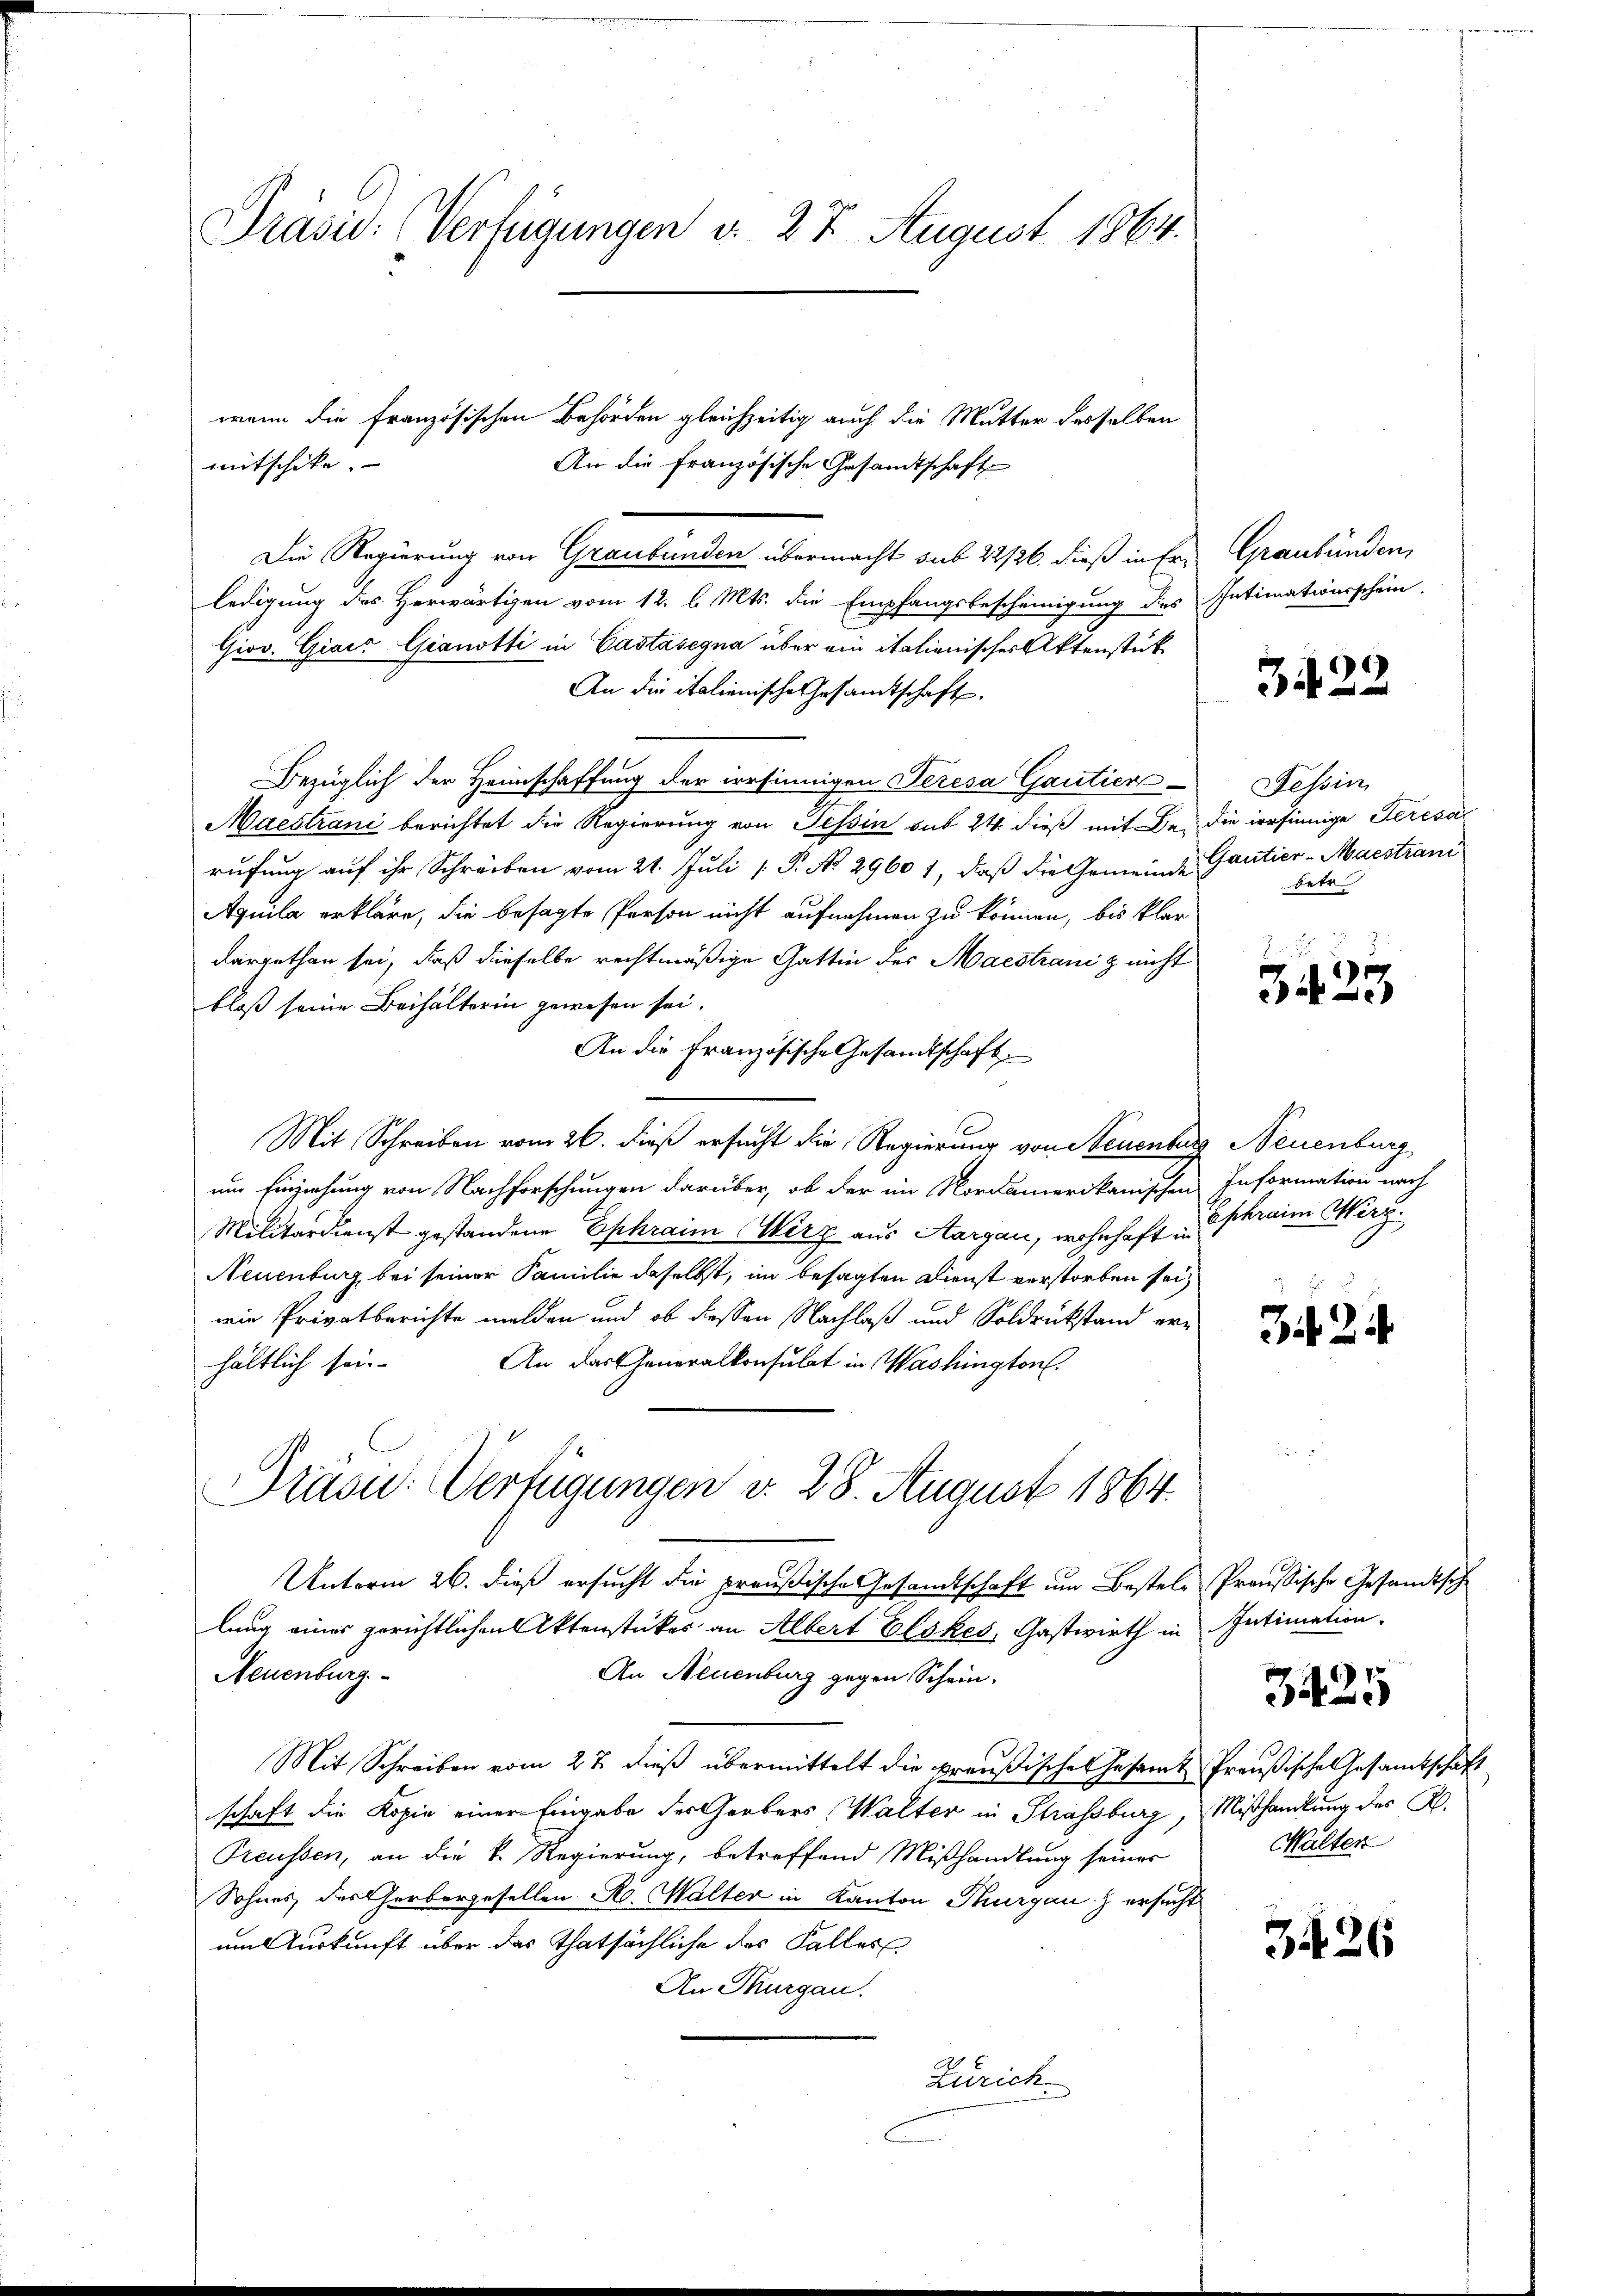
Präsic: (Verfügungen d. 27 August 1864.

An die französische Gesamtschaft
Die Regierung von Graubünden übermacht sub 22/26. dieß in Erledigung des Herwärtigen vom 12. l. Mts. die Empfangsbescheinigung des Intimationsschein
Giov. Giaić Gianotti in Castasegna über ein italienischer Aktenstück
An die italienische Gesandtschaft.
Bezüglich der Heimschaffung der irrsinnigen Teresa Gautier-
Maestrani berichtet die Regierung von Tessin sub 24 dieß mit Dr. die irrsinnige Gereca
rufung auf ihr Schreiben vom 21. Juli [ P. No. 29601, daß die Gemeinde Gantier-Maestrani
Aquila erkläre, die besagte Person nicht aufnahmen zu können, bis klar
dargethan sei, daß dieselbe rechtmäßige Gattin der Maestraniz nicht
bloß seine Beihalterin gewesen sei.
An die Französische Gesandtschaft
Mit Schreiben vom 26. dieß ersucht die Regierung von Neuenburg Neuenburg
um Einziehung von Nachforschungen darüber, ob der im Nordamerikanischen Information nach
Militärdienst gestandene Ephraim Wirz aus Aargau, wohnhaftskraim Werg.
Neuenburg bei seiner Familie daselbst, im besagten Dienst verstorben sei,
wie Privatberichte melden und ob dessen Nachlaß und Soldrückstand ern
An das Generalkonsulat in Washington.
hältlich sein
Dräs: Verfügungen v. 28. August 1864.

wenn die französischen Behörden gleichzeitig auch die Mutter desselben
mitschike.

Unterm 26. dieß ersucht die preußische Gesandtschaft um Bestellung eines gerichtlichen Aktenstückes an Albert Elskes, Gastwirth in Intimation
Neuenburg.
An Neuenburg gegen Schein.
Mit Schreiben vom 27. dieß übermittelt die preußisches Gesamt Preußische Gesamtschaft
schaft die Kopie einer Eingabe des Gerbers Walter in Strassburg, Mißhandlung der R.
Preussen, an die k. Regierung, betreffend Mißhandlung seiner
Sohnes, des Gerbergesellen R. Walter in Kanton Thurgau ersucht
um Auskunft über das thatsächliche des Falles
An Thurgau.
Zürich

Graubünden,

3422

Tessin
betr

.
e
34

32

Preußische Gesandtsche

3425

Walter

3426